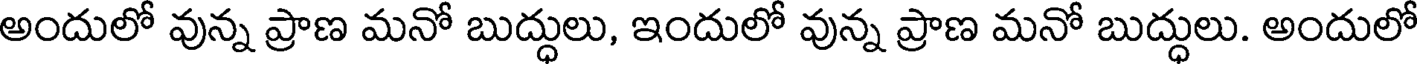
అందులో వున్న ప్రాణ మనో బుద్ధులు, ఇందులో వున్న ప్రాణ మనో బుద్ధులు. అందులో